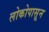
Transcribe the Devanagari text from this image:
लोकोपासून